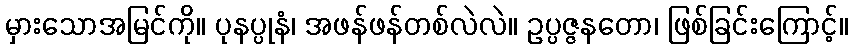
မှားသောအမြင်ကို။ ပုနပ္ပုနံ၊ အဖန်ဖန်တစ်လဲလဲ။ ဥပ္ပဇ္ဇနတော၊ ဖြစ်ခြင်းကြောင့်။